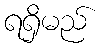
ရရှိမည်